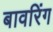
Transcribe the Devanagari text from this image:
बावरिंग